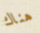
هناك